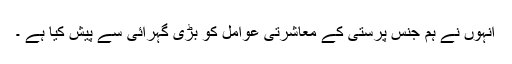
انہوں نے ہم جنس پرستی کے معاشرتی عوامل کو بڑی گہرائی سے پیش کیا ہے ۔